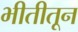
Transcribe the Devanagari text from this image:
भीतीतून